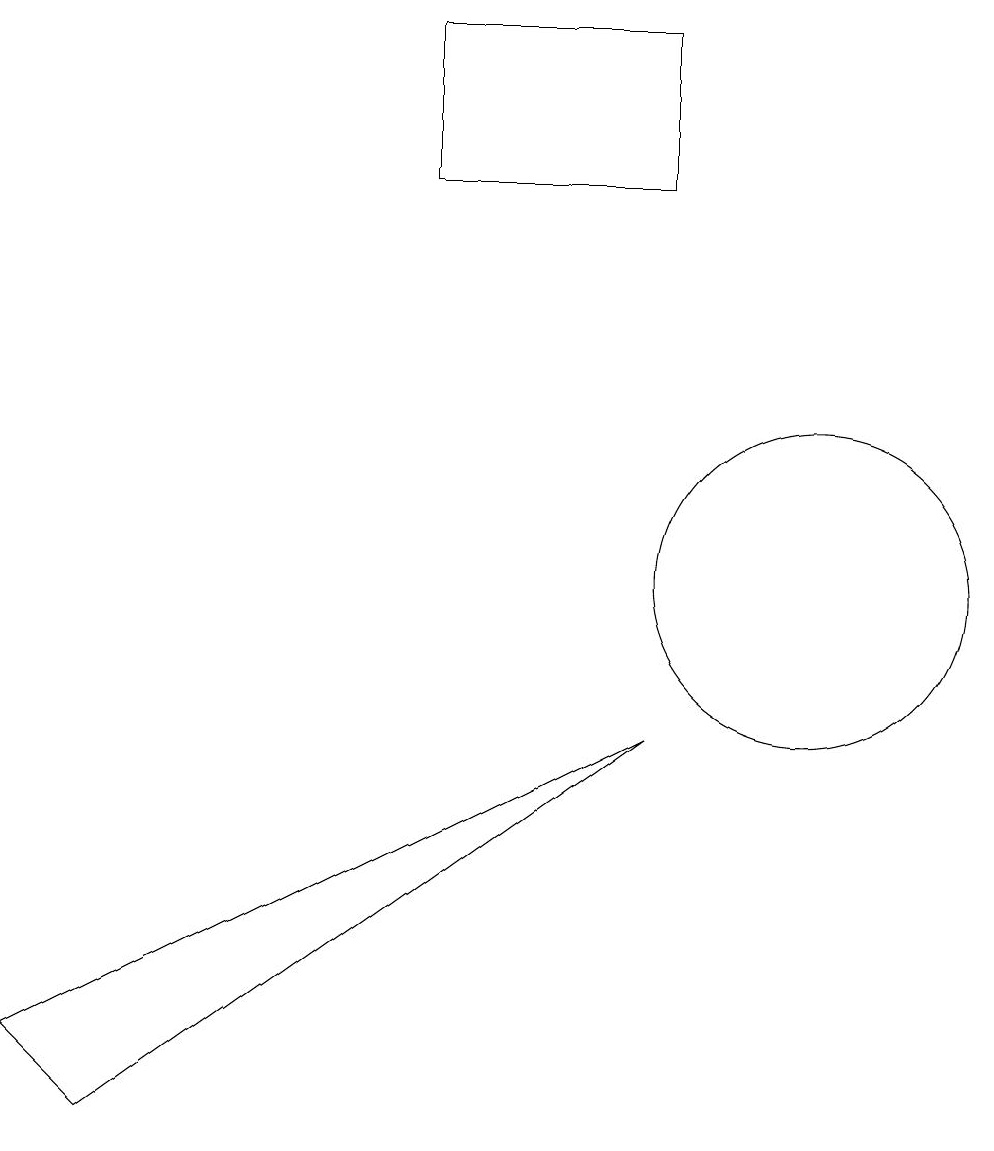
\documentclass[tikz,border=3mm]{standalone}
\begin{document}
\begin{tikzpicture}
\draw (8,15) rectangle (5,17);
\draw (10,10) circle (2);
\draw (0,4) -- (1,3) -- (8,8) -- cycle;
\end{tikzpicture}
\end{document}